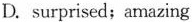
D. surprised; amazing